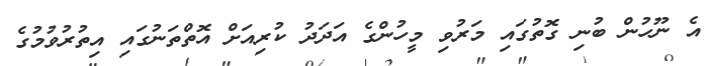
އެ ނޫހުން ބުނި ގޮތުގައި މަރުވި މީހުންގެ އަދަދު ކުރިއަށް އޮތްތަނުގައި އިތުރުވުމުގެ